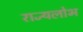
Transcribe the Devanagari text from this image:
राज्यलोभ